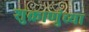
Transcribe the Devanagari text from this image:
शुक्राणुंच्या